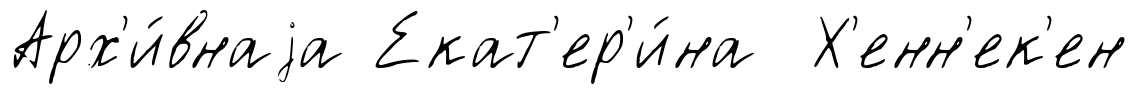
Арх'и́внаjа Екат'ер'и́на Х'енн'ек'ен